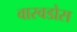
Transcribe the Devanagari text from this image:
वारवडोस